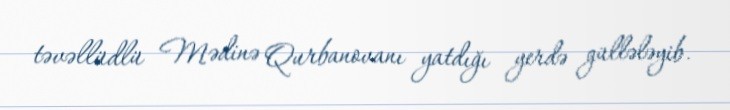
təvəllüdlü Mədinə Qurbanovanı yatdığı yerdə güllələyib.